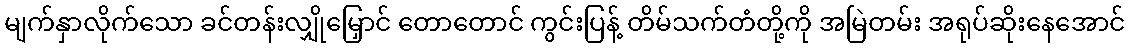
မျက်နှာလိုက်သော ခင်တန်းလျှိုမြှောင် တောတောင် ကွင်းပြန့် တိမ်သက်တံတို့ကို အမြဲတမ်း အရုပ်ဆိုးနေအောင်